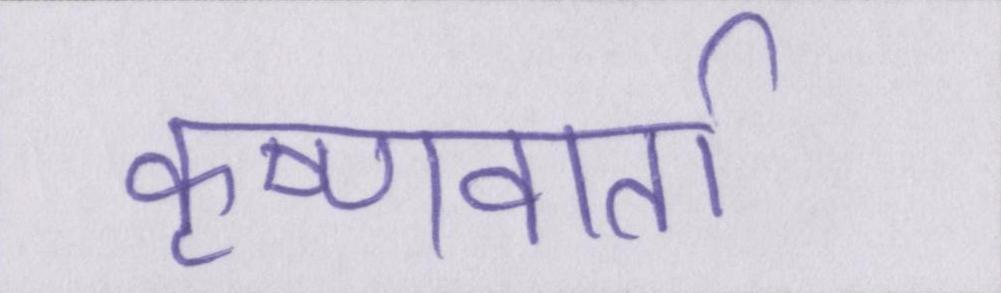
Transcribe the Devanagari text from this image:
कृष्णवार्ता